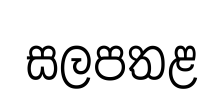
සලපතළ